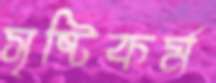
সৃষ্টিকর্ম